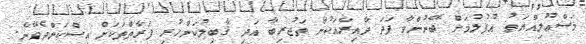
މަސްޢޫލިއްޔަތު އުފުލުމަށް ބޭނުންވާ ފަދަ ދާއިރާއަކުން ތަޖުރިބާ އަދި ޤާބިލުކަންހުރި ފަރާތްތަކަށް އިސްކަންދެވޭނެ.